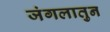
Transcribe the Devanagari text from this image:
जंगलातुन